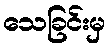
သေခြင်းမှ